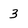
Character: 3